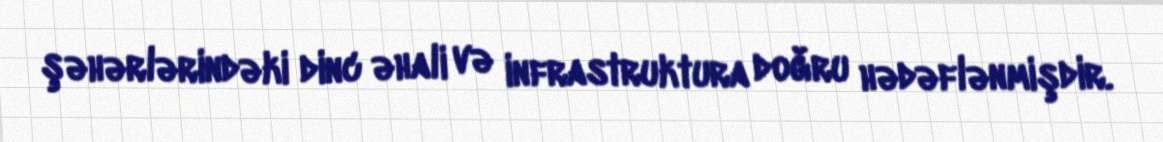
şəhərlərindəki dinc əhali və infrastruktura doğru hədəflənmişdir.